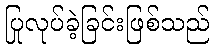
ပြုလုပ်ခဲ့ခြင်းဖြစ်သည်